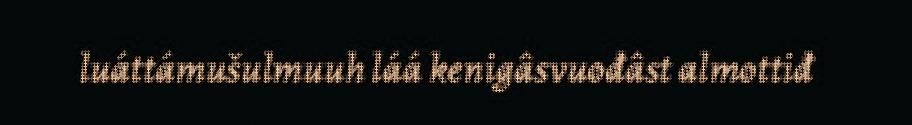
luáttámušulmuuh láá kenigâsvuođâst almottiđ